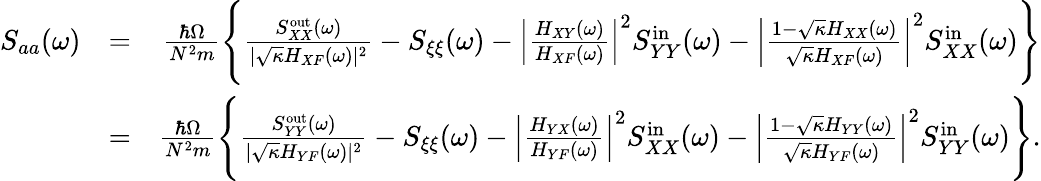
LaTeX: \begin{array}{rlr}{S_{aa}(\omega)}&{=}&{\frac{\hbar\Omega}{N^{2}m}\Bigg\{ \frac{S_{XX}^{\mathrm{out}}(\omega)}{|\sqrt{\kappa}H_{XF}(\omega)|^{2}}-S_{\xi\xi}(\omega)-\left|\frac{H_{XY}(\omega)}{H_{XF}(\omega)}\right|^{2}S_{YY}^{\mathrm{in}}(\omega)-\left|\frac{1-\sqrt{\kappa}H_{XX}(\omega)}{\sqrt{\kappa}H_{XF}(\omega)}\right|^{2}S_{XX}^{\mathrm{in}}(\omega)\Bigg\} }\\ &{=}&{\frac{\hbar\Omega}{N^{2}m}\Bigg\{ \frac{S_{YY}^{\mathrm{out}}(\omega)}{|\sqrt{\kappa}H_{YF}(\omega)|^{2}}-S_{\xi\xi}(\omega)-\left|\frac{H_{YX}(\omega)}{H_{YF}(\omega)}\right|^{2}S_{XX}^{\mathrm{in}}(\omega)-\left|\frac{1-\sqrt{\kappa}H_{YY}(\omega)}{\sqrt{\kappa}H_{YF}(\omega)}\right|^{2}S_{YY}^{\mathrm{in}}(\omega)\Bigg\} .}\end{array}